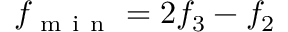
f _ { \mathrm { ~ m ~ i ~ n ~ } } = 2 f _ { 3 } - f _ { 2 }